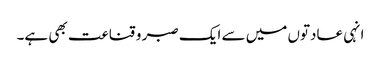
انہی عادتوں میں سے ایک صبر و قناعت بھی ہے۔